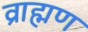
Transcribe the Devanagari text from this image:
व्राह्मण